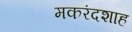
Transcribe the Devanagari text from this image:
मकरंदशाह